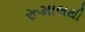
રૂમાલથી